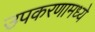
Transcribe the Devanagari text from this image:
उपकरणामध्ये